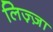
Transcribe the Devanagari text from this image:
लिज़्ज़ा